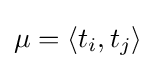
\mu =\langle t_{i},t_{j}\rangle